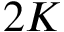
2 K